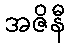
အဇိနီ